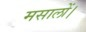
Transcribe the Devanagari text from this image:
मसालों।